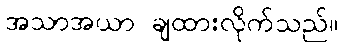
အသာအယာ ချထားလိုက်သည်။